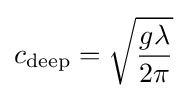
c_{\text{deep}}={\sqrt {\frac {g\lambda }{2\pi }}}